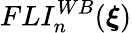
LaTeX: FLI_{n}^{WB}(\boldsymbol{\xi})